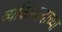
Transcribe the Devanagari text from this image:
व्यक्तिवादाच्या